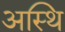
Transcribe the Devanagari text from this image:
अस्‍थि